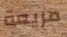
مريعة